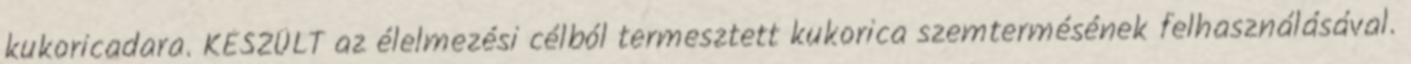
kukoricadara. KÉSZÜLT az élelmezési célból termesztett kukorica szemtermésének felhasználásával.